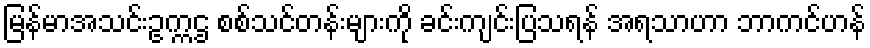
မြန်မာအသင်းဥက္ကဌ စစ်သင်တန်းများကို ခင်းကျင်းပြသရန် အရသာဟာ ဘာကင်ဟန်